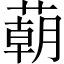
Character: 𦺓